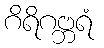
ဂိရိဂဗ္ဘရံ